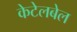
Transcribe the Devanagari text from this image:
केटेलबेल